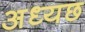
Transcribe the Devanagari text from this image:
अध्यछ